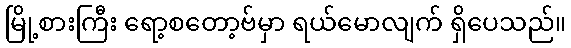
မြို့စားကြီး ရော့စတော့ဗ်မှာ ရယ်မောလျက် ရှိပေသည်။